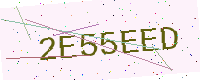
Text: 2E55EED